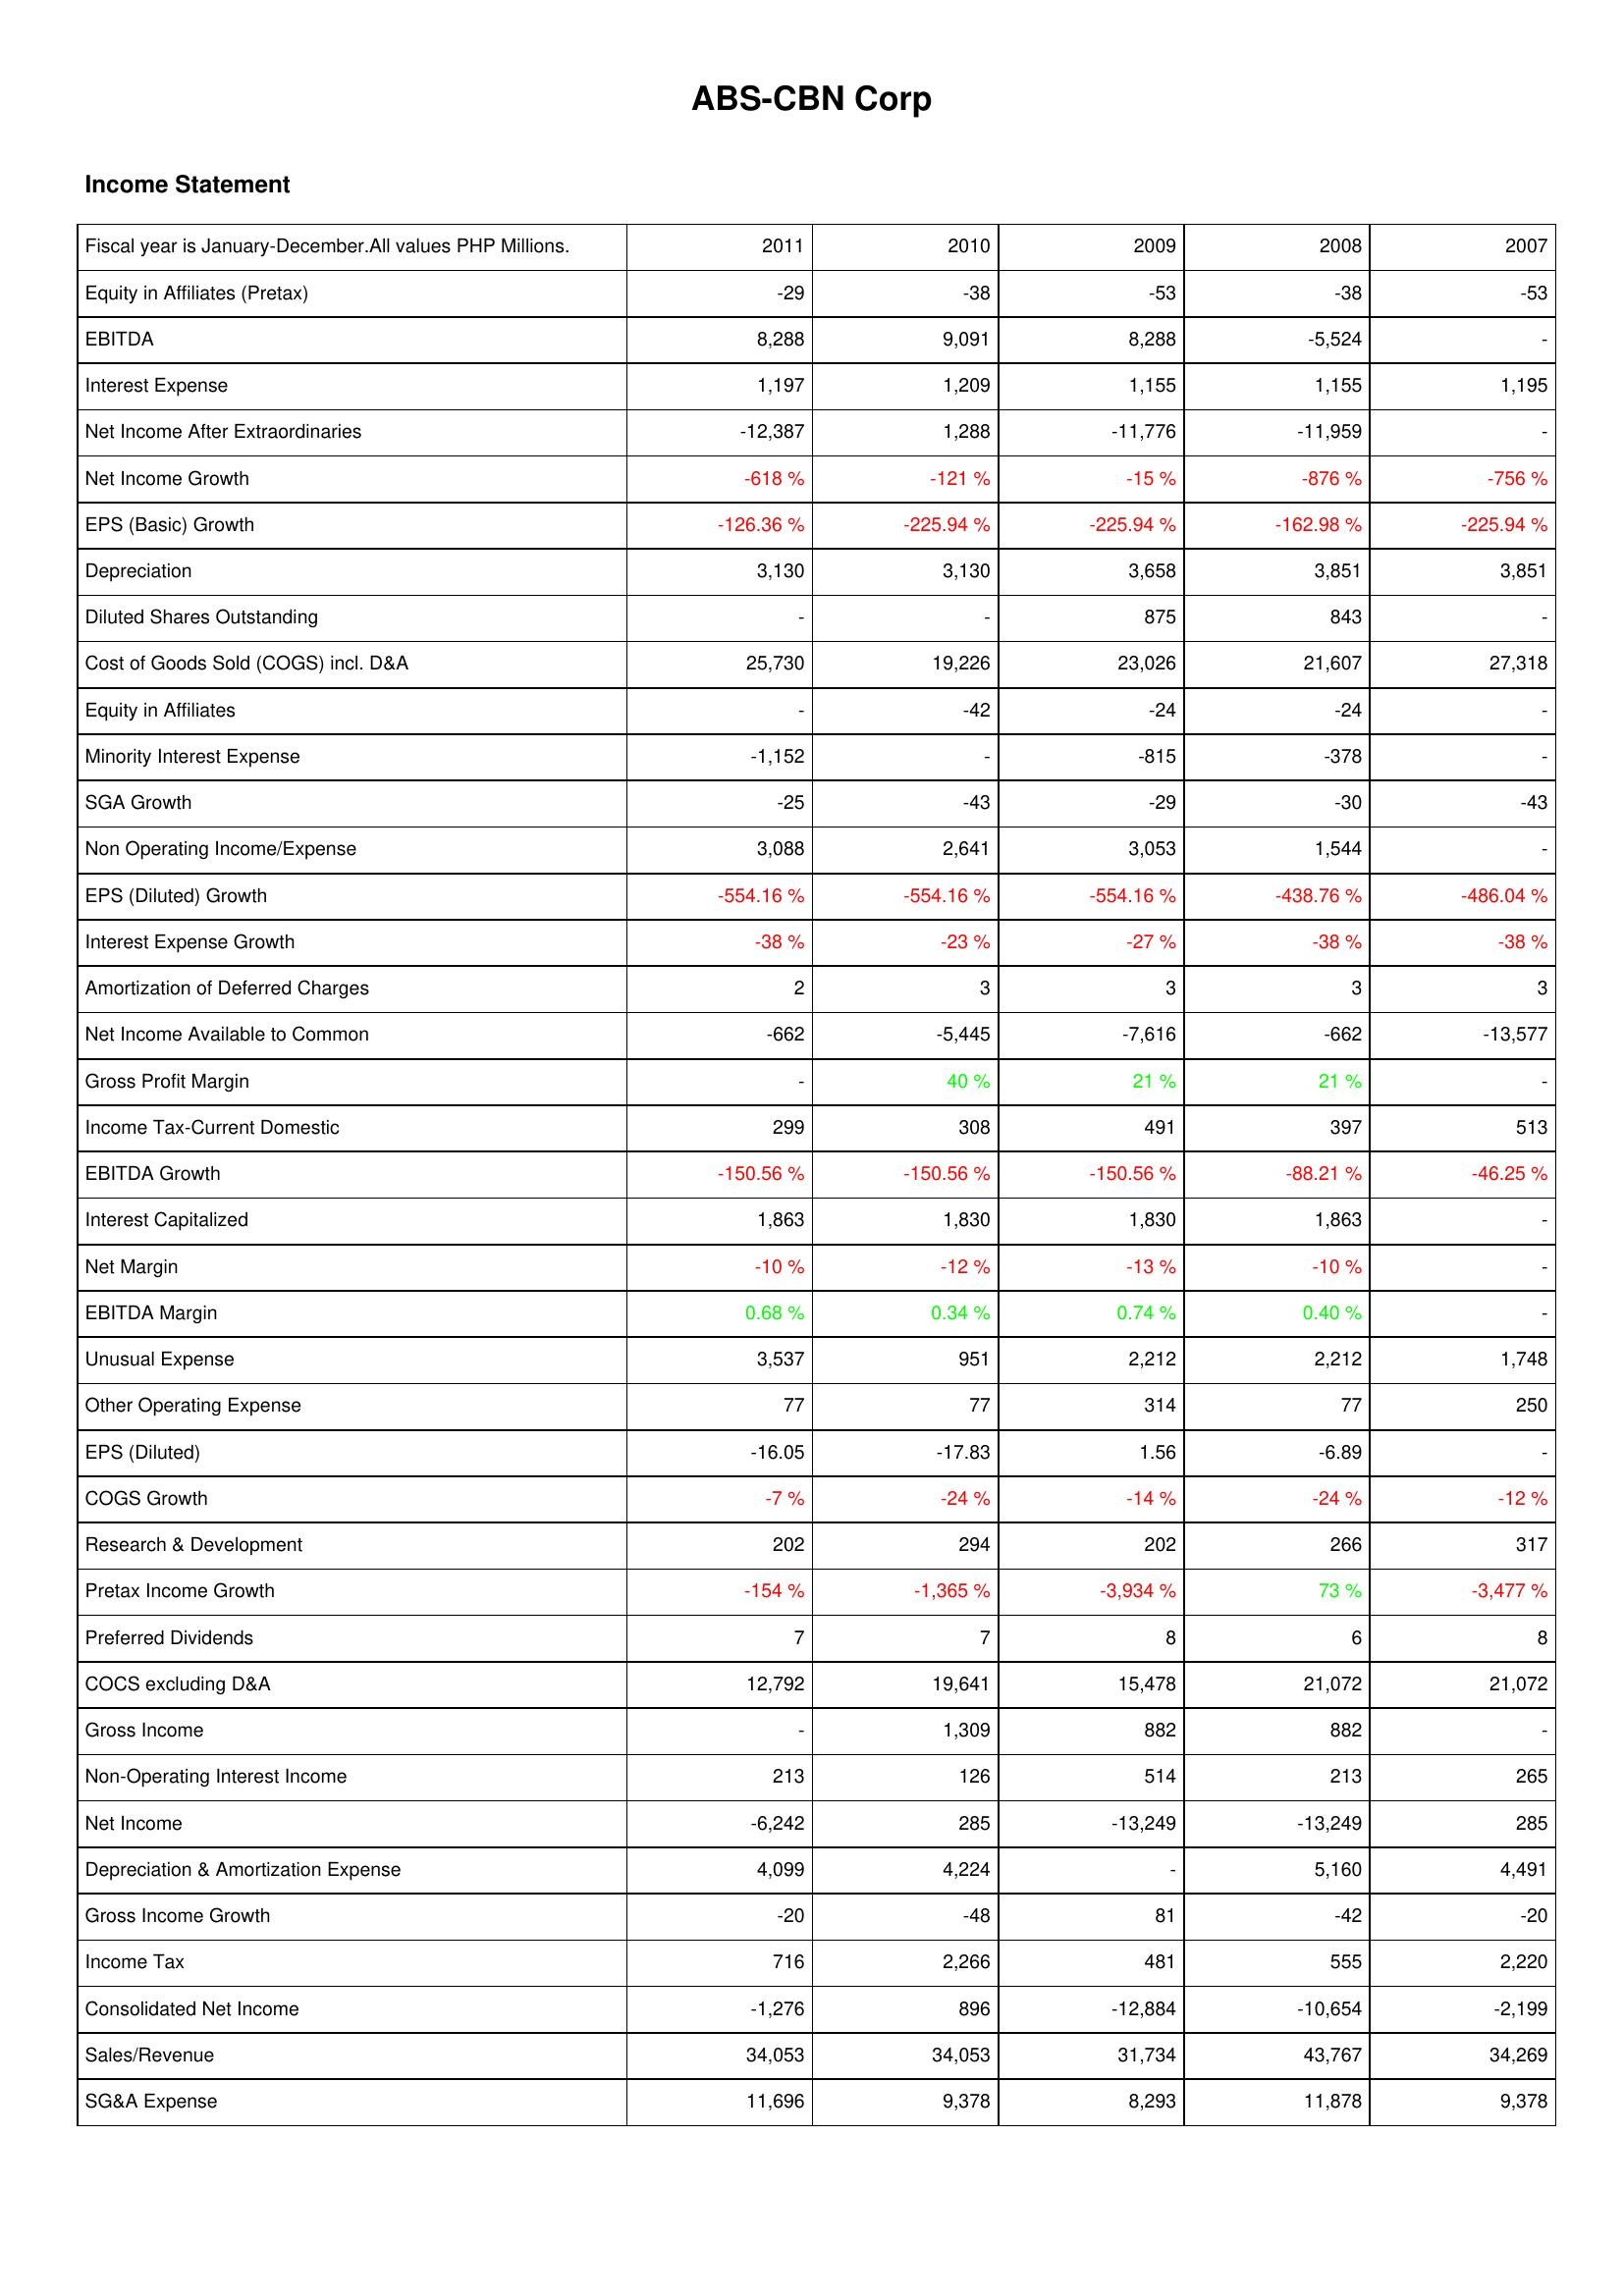
2011: Income Statement: Equity in Affiliates (Pretax): -29
EBITDA: 8,288
Interest Expense: 1,197
Net Income After Extraordinaries: -12,387
Net Income Growth: -618 %
EPS (Basic) Growth: -126.36 %
Depreciation: 3,130
Diluted Shares Outstanding: -
Cost of Goods Sold (COGS) incl. D&A: 25,730
Equity in Affiliates: -
Minority Interest Expense: -1,152
SGA Growth: -25
Non Operating Income/Expense: 3,088
EPS (Diluted) Growth: -554.16 %
Interest Expense Growth: -38 %
Amortization of Deferred Charges: 2
Net Income Available to Common: -662
Gross Profit Margin: -
Income Tax-Current Domestic: 299
EBITDA Growth: -150.56 %
Interest Capitalized: 1,863
Net Margin: -10 %
EBITDA Margin: 0.68 %
Unusual Expense: 3,537
Other Operating Expense: 77
EPS (Diluted): -16.05
COGS Growth: -7 %
Research & Development: 202
Pretax Income Growth: -154 %
Preferred Dividends: 7
COCS excluding D&A: 12,792
Gross Income: -
Non-Operating Interest Income: 213
Net Income: -6,242
Depreciation & Amortization Expense: 4,099
Gross Income Growth: -20
Income Tax: 716
Consolidated Net Income: -1,276
Sales/Revenue: 34,053
SG&A Expense: 11,696
2010: Income Statement: Equity in Affiliates (Pretax): -38
EBITDA: 9,091
Interest Expense: 1,209
Net Income After Extraordinaries: 1,288
Net Income Growth: -121 %
EPS (Basic) Growth: -225.94 %
Depreciation: 3,130
Diluted Shares Outstanding: -
Cost of Goods Sold (COGS) incl. D&A: 19,226
Equity in Affiliates: -42
Minority Interest Expense: -
SGA Growth: -43
Non Operating Income/Expense: 2,641
EPS (Diluted) Growth: -554.16 %
Interest Expense Growth: -23 %
Amortization of Deferred Charges: 3
Net Income Available to Common: -5,445
Gross Profit Margin: 40 %
Income Tax-Current Domestic: 308
EBITDA Growth: -150.56 %
Interest Capitalized: 1,830
Net Margin: -12 %
EBITDA Margin: 0.34 %
Unusual Expense: 951
Other Operating Expense: 77
EPS (Diluted): -17.83
COGS Growth: -24 %
Research & Development: 294
Pretax Income Growth: -1,365 %
Preferred Dividends: 7
COCS excluding D&A: 19,641
Gross Income: 1,309
Non-Operating Interest Income: 126
Net Income: 285
Depreciation & Amortization Expense: 4,224
Gross Income Growth: -48
Income Tax: 2,266
Consolidated Net Income: 896
Sales/Revenue: 34,053
SG&A Expense: 9,378
2009: Income Statement: Equity in Affiliates (Pretax): -53
EBITDA: 8,288
Interest Expense: 1,155
Net Income After Extraordinaries: -11,776
Net Income Growth: -15 %
EPS (Basic) Growth: -225.94 %
Depreciation: 3,658
Diluted Shares Outstanding: 875
Cost of Goods Sold (COGS) incl. D&A: 23,026
Equity in Affiliates: -24
Minority Interest Expense: -815
SGA Growth: -29
Non Operating Income/Expense: 3,053
EPS (Diluted) Growth: -554.16 %
Interest Expense Growth: -27 %
Amortization of Deferred Charges: 3
Net Income Available to Common: -7,616
Gross Profit Margin: 21 %
Income Tax-Current Domestic: 491
EBITDA Growth: -150.56 %
Interest Capitalized: 1,830
Net Margin: -13 %
EBITDA Margin: 0.74 %
Unusual Expense: 2,212
Other Operating Expense: 314
EPS (Diluted): 1.56
COGS Growth: -14 %
Research & Development: 202
Pretax Income Growth: -3,934 %
Preferred Dividends: 8
COCS excluding D&A: 15,478
Gross Income: 882
Non-Operating Interest Income: 514
Net Income: -13,249
Depreciation & Amortization Expense: -
Gross Income Growth: 81
Income Tax: 481
Consolidated Net Income: -12,884
Sales/Revenue: 31,734
SG&A Expense: 8,293
2008: Income Statement: Equity in Affiliates (Pretax): -38
EBITDA: -5,524
Interest Expense: 1,155
Net Income After Extraordinaries: -11,959
Net Income Growth: -876 %
EPS (Basic) Growth: -162.98 %
Depreciation: 3,851
Diluted Shares Outstanding: 843
Cost of Goods Sold (COGS) incl. D&A: 21,607
Equity in Affiliates: -24
Minority Interest Expense: -378
SGA Growth: -30
Non Operating Income/Expense: 1,544
EPS (Diluted) Growth: -438.76 %
Interest Expense Growth: -38 %
Amortization of Deferred Charges: 3
Net Income Available to Common: -662
Gross Profit Margin: 21 %
Income Tax-Current Domestic: 397
EBITDA Growth: -88.21 %
Interest Capitalized: 1,863
Net Margin: -10 %
EBITDA Margin: 0.40 %
Unusual Expense: 2,212
Other Operating Expense: 77
EPS (Diluted): -6.89
COGS Growth: -24 %
Research & Development: 266
Pretax Income Growth: 73 %
Preferred Dividends: 6
COCS excluding D&A: 21,072
Gross Income: 882
Non-Operating Interest Income: 213
Net Income: -13,249
Depreciation & Amortization Expense: 5,160
Gross Income Growth: -42
Income Tax: 555
Consolidated Net Income: -10,654
Sales/Revenue: 43,767
SG&A Expense: 11,878
2007: Income Statement: Equity in Affiliates (Pretax): -53
EBITDA: -
Interest Expense: 1,195
Net Income After Extraordinaries: -
Net Income Growth: -756 %
EPS (Basic) Growth: -225.94 %
Depreciation: 3,851
Diluted Shares Outstanding: -
Cost of Goods Sold (COGS) incl. D&A: 27,318
Equity in Affiliates: -
Minority Interest Expense: -
SGA Growth: -43
Non Operating Income/Expense: -
EPS (Diluted) Growth: -486.04 %
Interest Expense Growth: -38 %
Amortization of Deferred Charges: 3
Net Income Available to Common: -13,577
Gross Profit Margin: -
Income Tax-Current Domestic: 513
EBITDA Growth: -46.25 %
Interest Capitalized: -
Net Margin: -
EBITDA Margin: -
Unusual Expense: 1,748
Other Operating Expense: 250
EPS (Diluted): -
COGS Growth: -12 %
Research & Development: 317
Pretax Income Growth: -3,477 %
Preferred Dividends: 8
COCS excluding D&A: 21,072
Gross Income: -
Non-Operating Interest Income: 265
Net Income: 285
Depreciation & Amortization Expense: 4,491
Gross Income Growth: -20
Income Tax: 2,220
Consolidated Net Income: -2,199
Sales/Revenue: 34,269
SG&A Expense: 9,378